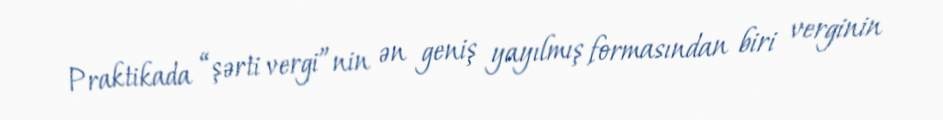
Praktikada “şərti vergi”nin ən geniş yayılmış formasından biri verginin